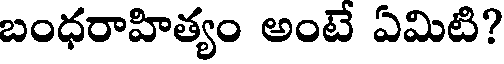
బంధరాహిత్యం అంటే ఏమిటి?